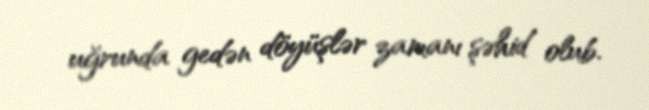
uğrunda gedən döyüşlər zamanı şəhid olub.